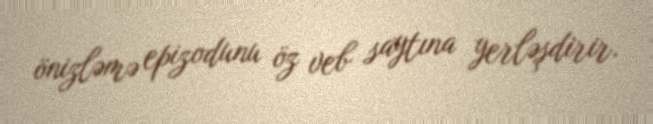
önizləmə epizodunu öz veb saytına yerləşdirir.